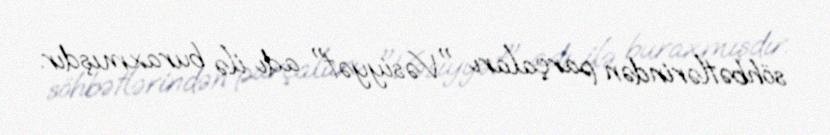
söhbətlərindən parçaları "Vəsiyyət" adı ilə buraxmışdır.